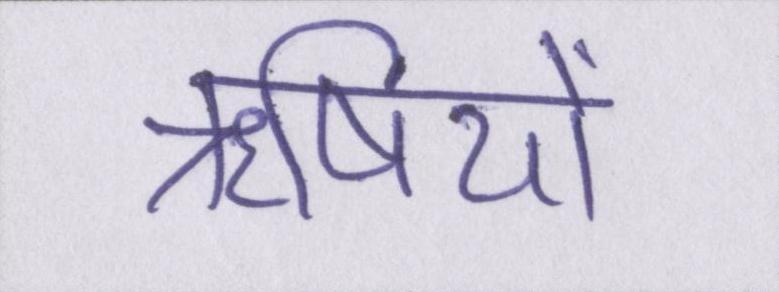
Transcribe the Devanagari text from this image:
ॠषियों